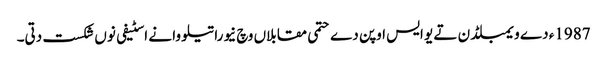
1987ء دے ویمبلڈن تے یو ایس اوپن دے حتمی مقابلاں وچ نیوراتیلووا نے اسٹیفی نو‏‏ں شکست دتی۔